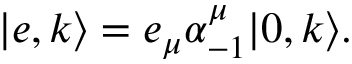
| e , k \rangle = e _ { \mu } \alpha _ { - 1 } ^ { \mu } | 0 , k \rangle .